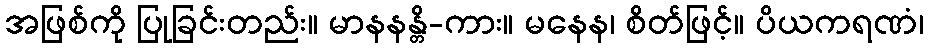
အဖြစ်ကို ပြုခြင်းတည်း။ မာနနန္တိ-ကား။ မနေန၊ စိတ်ဖြင့်။ ပိယကရဏံ၊